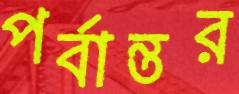
পর্বান্তর